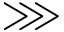
\ggg